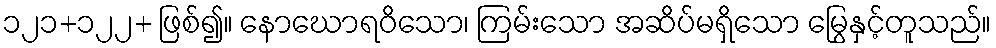
၁၂၁+၁၂၂+ ဖြစ်၍။ နောဃောရဝိသော၊ ကြမ်းသော အဆိပ်မရှိသော မြွေနှင့်တူသည်။